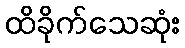
ထိခိုက်သေဆုံး